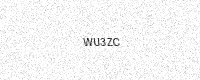
Text: WU3ZC